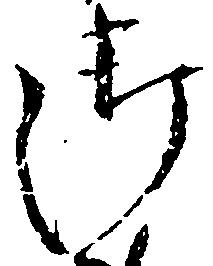
御